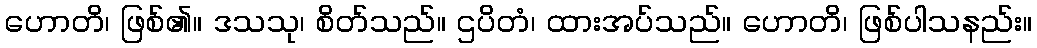
ဟောတိ၊ ဖြစ်၏။ ဒသသု၊ စိတ်သည်။ ဌပိတံ၊ ထားအပ်သည်။ ဟောတိ၊ ဖြစ်ပါသနည်း။